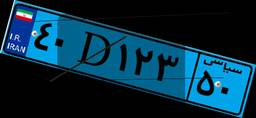
۹۱D۱۳۷۶۶